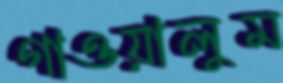
গাওয়ালুম